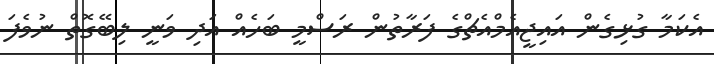
އެކަމާ ގުޅިގެން އައިޖީއެމްއެޗްގެ ފަރާތުން ރަސްމީ ބަހެއް އަދި ވަނީ ލިބޭގޮތް ނުވެފަ